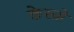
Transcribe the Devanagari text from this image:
केस्त्रो